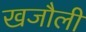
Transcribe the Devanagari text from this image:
खजौली